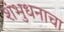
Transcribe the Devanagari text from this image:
शंभुधनाचा